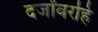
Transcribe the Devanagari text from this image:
दर्जांवरहि